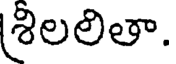
శ్రిలలితా.